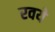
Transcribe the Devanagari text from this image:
रवये